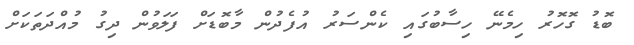
ބޮޑު ގޮހޮރު ހިމެނޭ ހިސާބުގައި ކެންސަރު އުފެދުން މާބޮޑަށް ފަލަވުން ދިގު މުއްދަތަކަށް